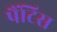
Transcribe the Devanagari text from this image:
पैंटिस